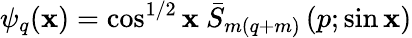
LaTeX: \psi_{q}(\mathbf{x})=\cos^{1/2}\mathbf{x}\ \bar{{S}}_{m(q+m)}\left(p;\sin\mathbf{x}\right)